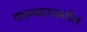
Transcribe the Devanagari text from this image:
कागदपत्रातील